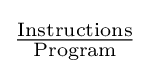
\mathrm {\tfrac {Instructions}{Program}}